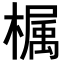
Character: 𣚚